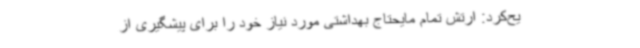
یح‌کرد: ارتش تمام مایحتاج بهداشتی مورد نیاز خود را برای پیشگیری از